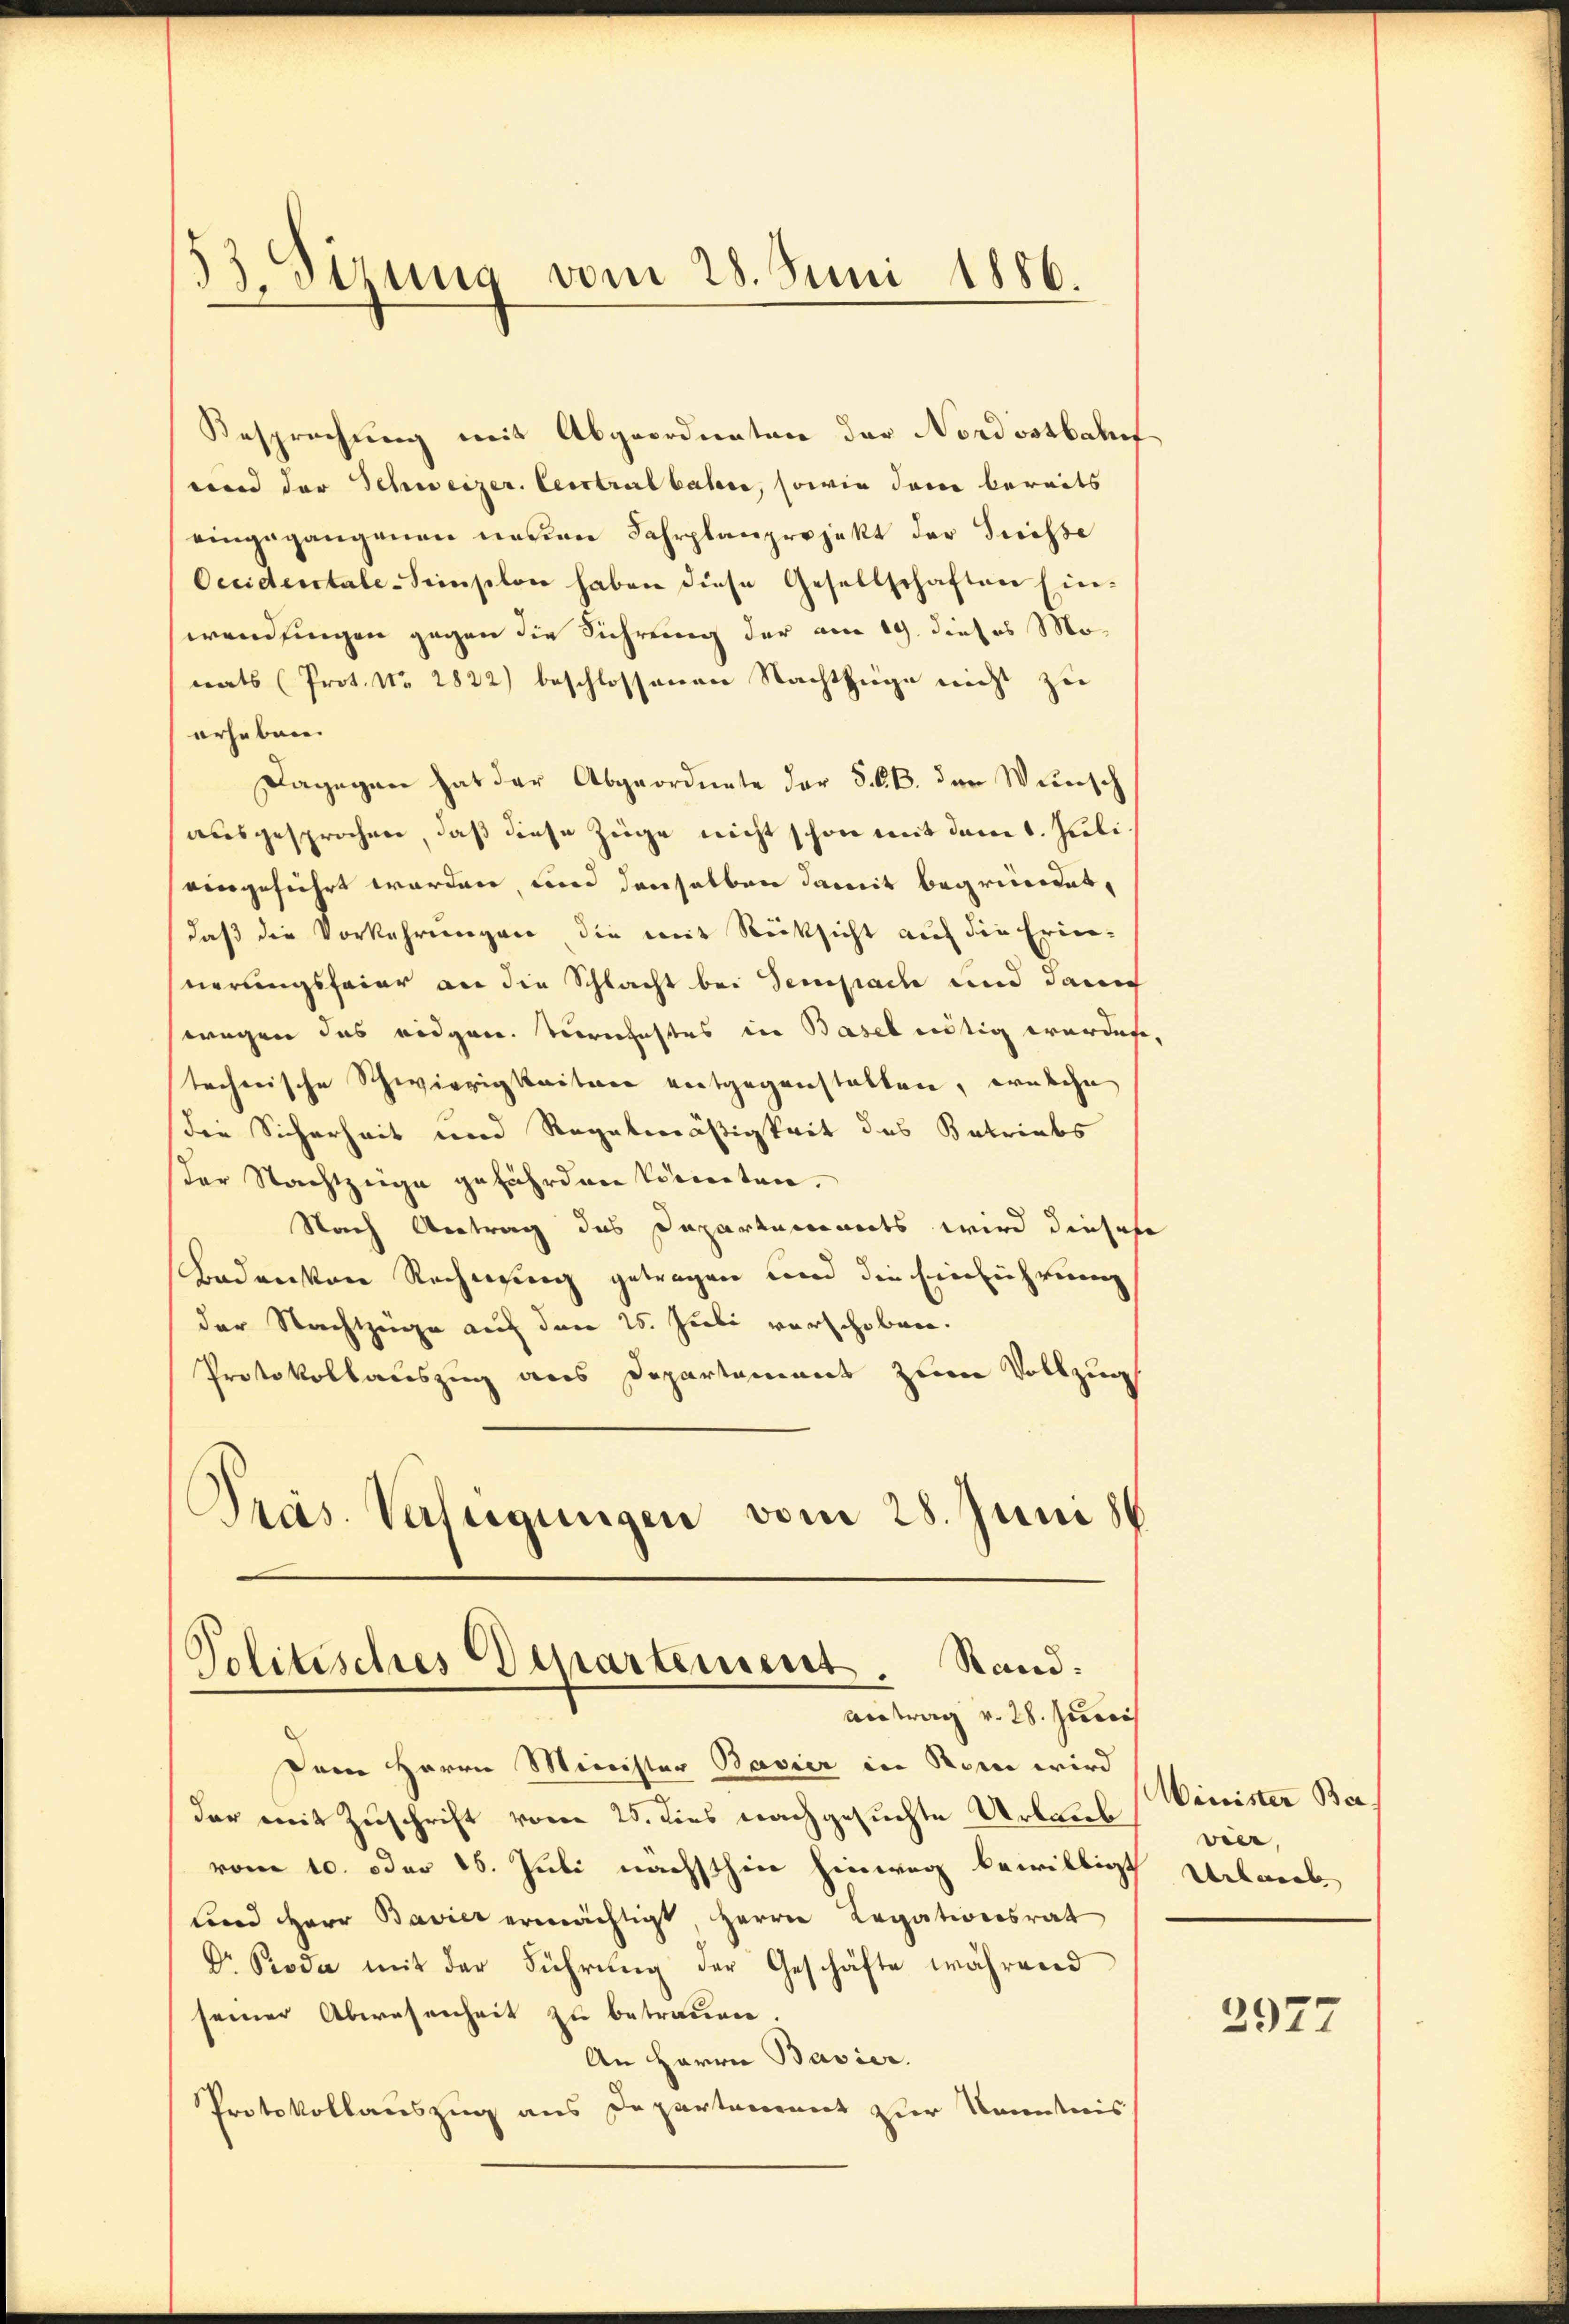
8
3. Sizung vom 28. Juni 1886.

Besprechung mit Abgeordneten der Nordostbahnf
wen der Schweizer. Centralbahre, sowie dann bereits
eingegangenen neuen Fahrplanprojekt der Trisse
Occidentale-Semselon haben diese Gesellschaften Ein-
wendingen gegen die Führung der am 19. dieses Monats (Prot. No 2822) beschlossenen Nachtzüge nicht zu
erheben.
Dagegen hat der Abgeordnete der §. 6.B. der Wunsch
ausgesprochen, daß diese Züge nicht schon mit dem 1. Juli
eingeführt worden, und denselben damit begründet,
daß die Vorkehrungen die mit Rücksicht auf die Erin-
nerungsfeier an die Schlacht bei Sempach und dann
wegen das eidgen. Verschaftes in Basel entig werden
techerische Schwierigkeiteren entgegenstalten, ernsehn
Die Sicherheit und Regelmäßigkeit des Betriebs
ster Nachtzige gefährden Vicierten.
Nach Antrag des Departements wird dieses
Badanken Rechnung getragen und die Einführung
der Nachtzüge auf den 25. Juli verschoben.
Protokollauszug aus Departement zum Vollzug
Präs. Verfügungen vom 28. Juni 18

Politisches Departement Rand.
Antrag v. 28. Juni

Dem Herrn Minister Bavier in Rom wird
dar mit Zuschrift vom 25. dies nachgesuchte Urlaub
vom 10. oder 16. Juli nächsthin hinweg bewilligt
Land Herr Bavier ermächtigt Herrn Legationsrat
Dr Pioda mit der Führŭng der Geschäfte während
seiner Abwesenheit zu betrauen.
An Herrn Bavier.
Protokollauszug aus Departement zur Kenntnis

Minister Ber
vier,
Uebwerb

2977